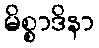
မိစ္စာဒိနာ